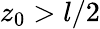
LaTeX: z_{0}>l/2